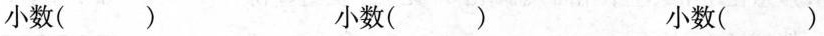
小数( ) 小数( ) 小数()